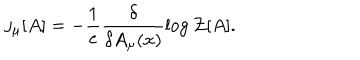
j _ { \mu } [ A ] = - \frac { 1 } { e } \frac { \delta } { \delta A _ { \mu } ( x ) } \log { \cal { Z } } [ A ] .